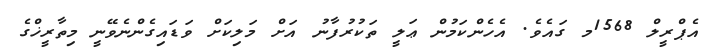
އެޕްރީލް 1568މ ގައެވެ. އެހެންކަމުން ޢަލީ ތަކުރުފާނު އަށް މަލިކަށް ވަޑައިގެންނެވޭނީ މިތާރީޚްގެ